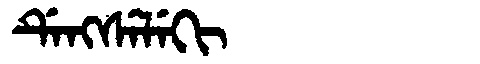
Manchu: ᡩᡝᠩᠰᡝᠯᡝᡴᡳ
Romanization: DENGSELEKI